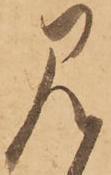
見